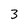
Character: 3